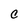
Character: C